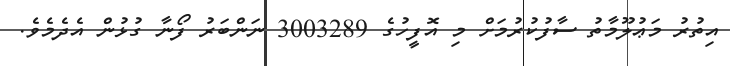
އިތުރު މަޢުލޫމާތު ސާފުކުރުމަށް މި އޮފީހުގެ 3003289 ނަންބަރު ފޯނާ ގުޅުން އެދެމެވެ.